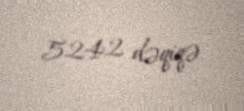
5242 dəqiqə